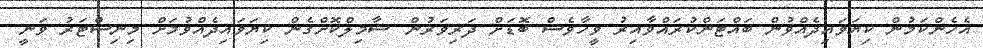
އެހެންކަމުން ކިޔަވައިދެއްވުން ބައްޓަންކުރައްވާއިރު ވީހާވެސް ބޮޑަށް ދަރިވަރުން ޝާމިލްކޮށްގެން ކިޔަވައިދެއްވުމަށް މިނިސްޓަރު ވަނީ